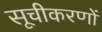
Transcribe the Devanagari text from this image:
सूचीकरणों